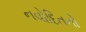
નવોદિતનો